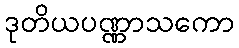
ဒုတိယပဏ္ဏာသကော